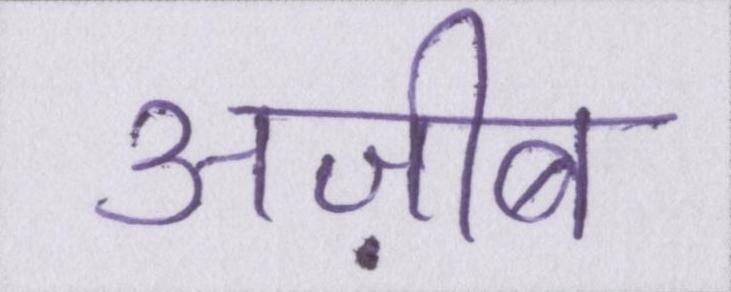
अज़ीब